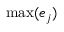
\operatorname* { m a x } ( e _ { j } )